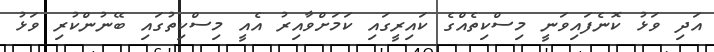
އަދި ވަޅު ކޮނެފައިވަނީ މިސްކިތެއްގެ ކައިރީގައި ކަމަށްވާއިރު އެއީ މިސްކިތުގައި ބޭނުންކުރި ވަޅު